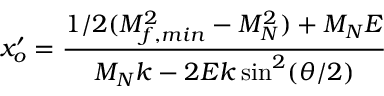
x _ { o } ^ { \prime } = \frac { 1 / 2 ( M _ { f , m i n } ^ { 2 } - M _ { N } ^ { 2 } ) + M _ { N } E } { M _ { N } k - 2 E k \sin ^ { 2 } ( \theta / 2 ) }